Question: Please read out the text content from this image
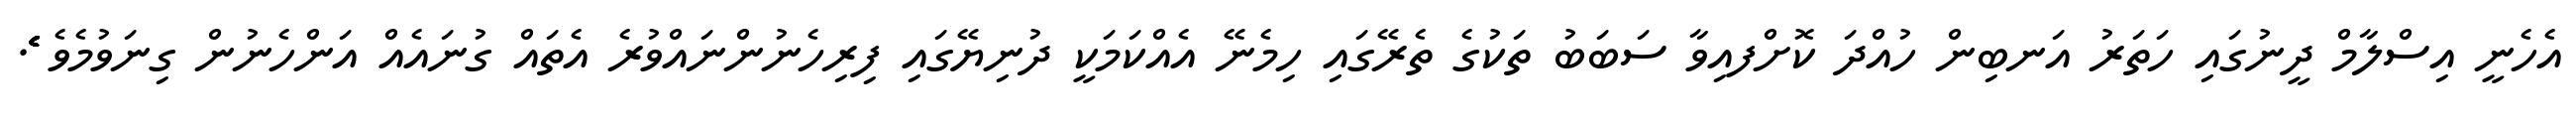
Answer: އެހެނީ އިސްލާމް ދީނުގައި ހަތަރު އަނބިން ހުއްދަ ކޮށްފއިވާ ސަބަބު ތަކުގެ ތެރޭގައި ހިމެނޭ އެއްކަމަކީ ދުނިޔޭގައި ފިރިހެނުންނައްވުރެ އެތައް ގުނައެއް އަންހެނުން ގިނަވުމެވެ ެެެެެެެެެެެެެެެެެެެެެެެެެެެެެެެެެެެެެެެެެެެެެެެެެެެެެެެެެެެެެެެެެެެެެެެެ.